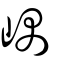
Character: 嵎